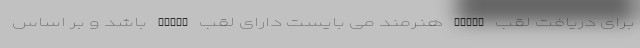
برای دریافت لقب EFIAP هنرمند می بایست دارای لقب AFIAP باشد و بر اساس